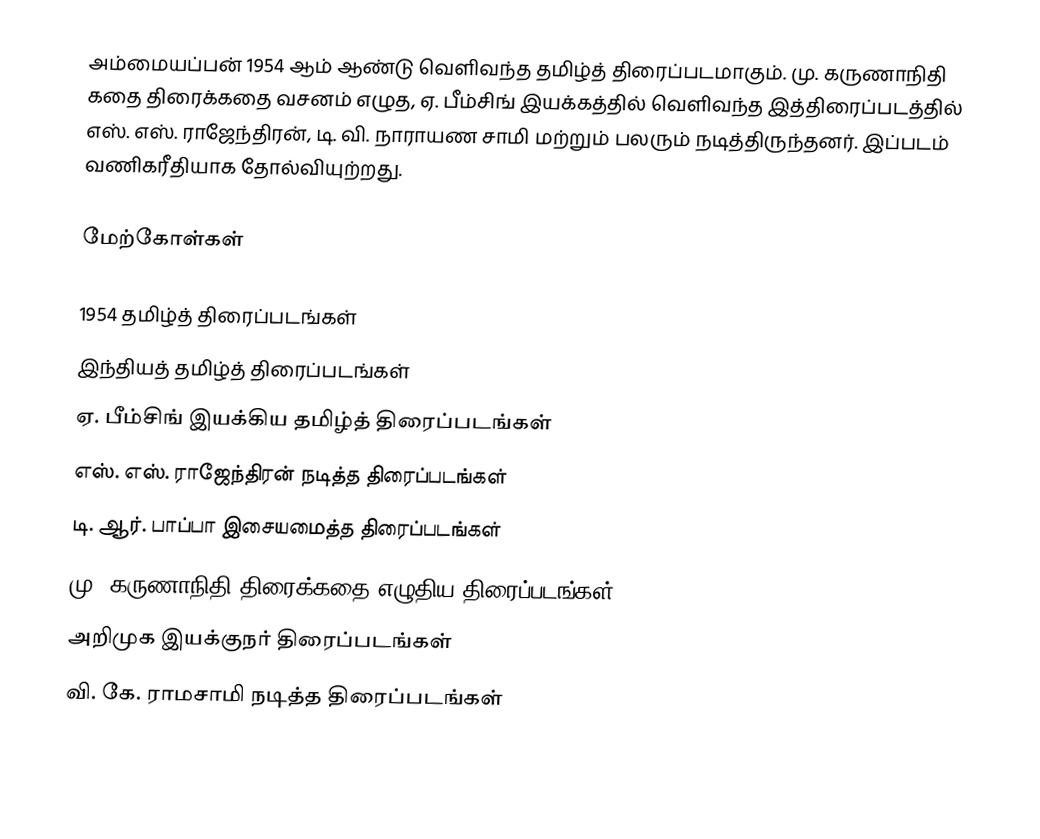
அம்மையப்பன் 1954 ஆம் ஆண்டு வெளிவந்த தமிழ்த் திரைப்படமாகும். மு. கருணாநிதி கதை திரைக்கதை வசனம் எழுத, ஏ. பீம்சிங் இயக்கத்தில் வெளிவந்த இத்திரைப்படத்தில் எஸ். எஸ். ராஜேந்திரன், டி. வி. நாராயண சாமி மற்றும் பலரும் நடித்திருந்தனர். இப்படம் வணிகரீதியாக தோல்வியுற்றது.

மேற்கோள்கள்

1954 தமிழ்த் திரைப்படங்கள்
இந்தியத் தமிழ்த் திரைப்படங்கள்
ஏ. பீம்சிங் இயக்கிய தமிழ்த் திரைப்படங்கள்
எஸ். எஸ். ராஜேந்திரன் நடித்த திரைப்படங்கள்
டி. ஆர். பாப்பா இசையமைத்த திரைப்படங்கள்
மு. கருணாநிதி திரைக்கதை எழுதிய திரைப்படங்கள்
அறிமுக இயக்குநர் திரைப்படங்கள்
வி. கே. ராமசாமி நடித்த திரைப்படங்கள்